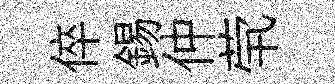
倅錫仲茕